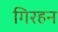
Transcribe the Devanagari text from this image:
गिरहन